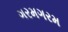
ગરમગરમ